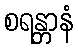
စရန္တာနံ